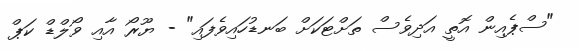
"ސްޕެއިން އޮތީ އަދިވެސް ތަށްޓަކަށް ބަނޑުހައިވެފައި" - ޔޫރޯ އާއި ވޯލްޑް ކަޕް